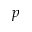
p